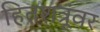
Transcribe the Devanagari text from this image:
हितशत्रूंवर